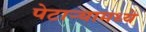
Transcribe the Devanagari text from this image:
पेटाऱ्यामध्ये